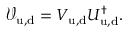
{ \mathcal V } _ { \mathrm { u , d } } = V _ { \mathrm { u , d } } U _ { \mathrm { u , d } } ^ { \dagger } .